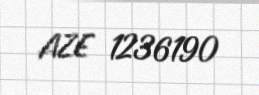
AZE 1236190